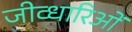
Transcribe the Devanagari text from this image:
जीव्धारिओं